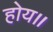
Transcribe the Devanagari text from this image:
होय॥